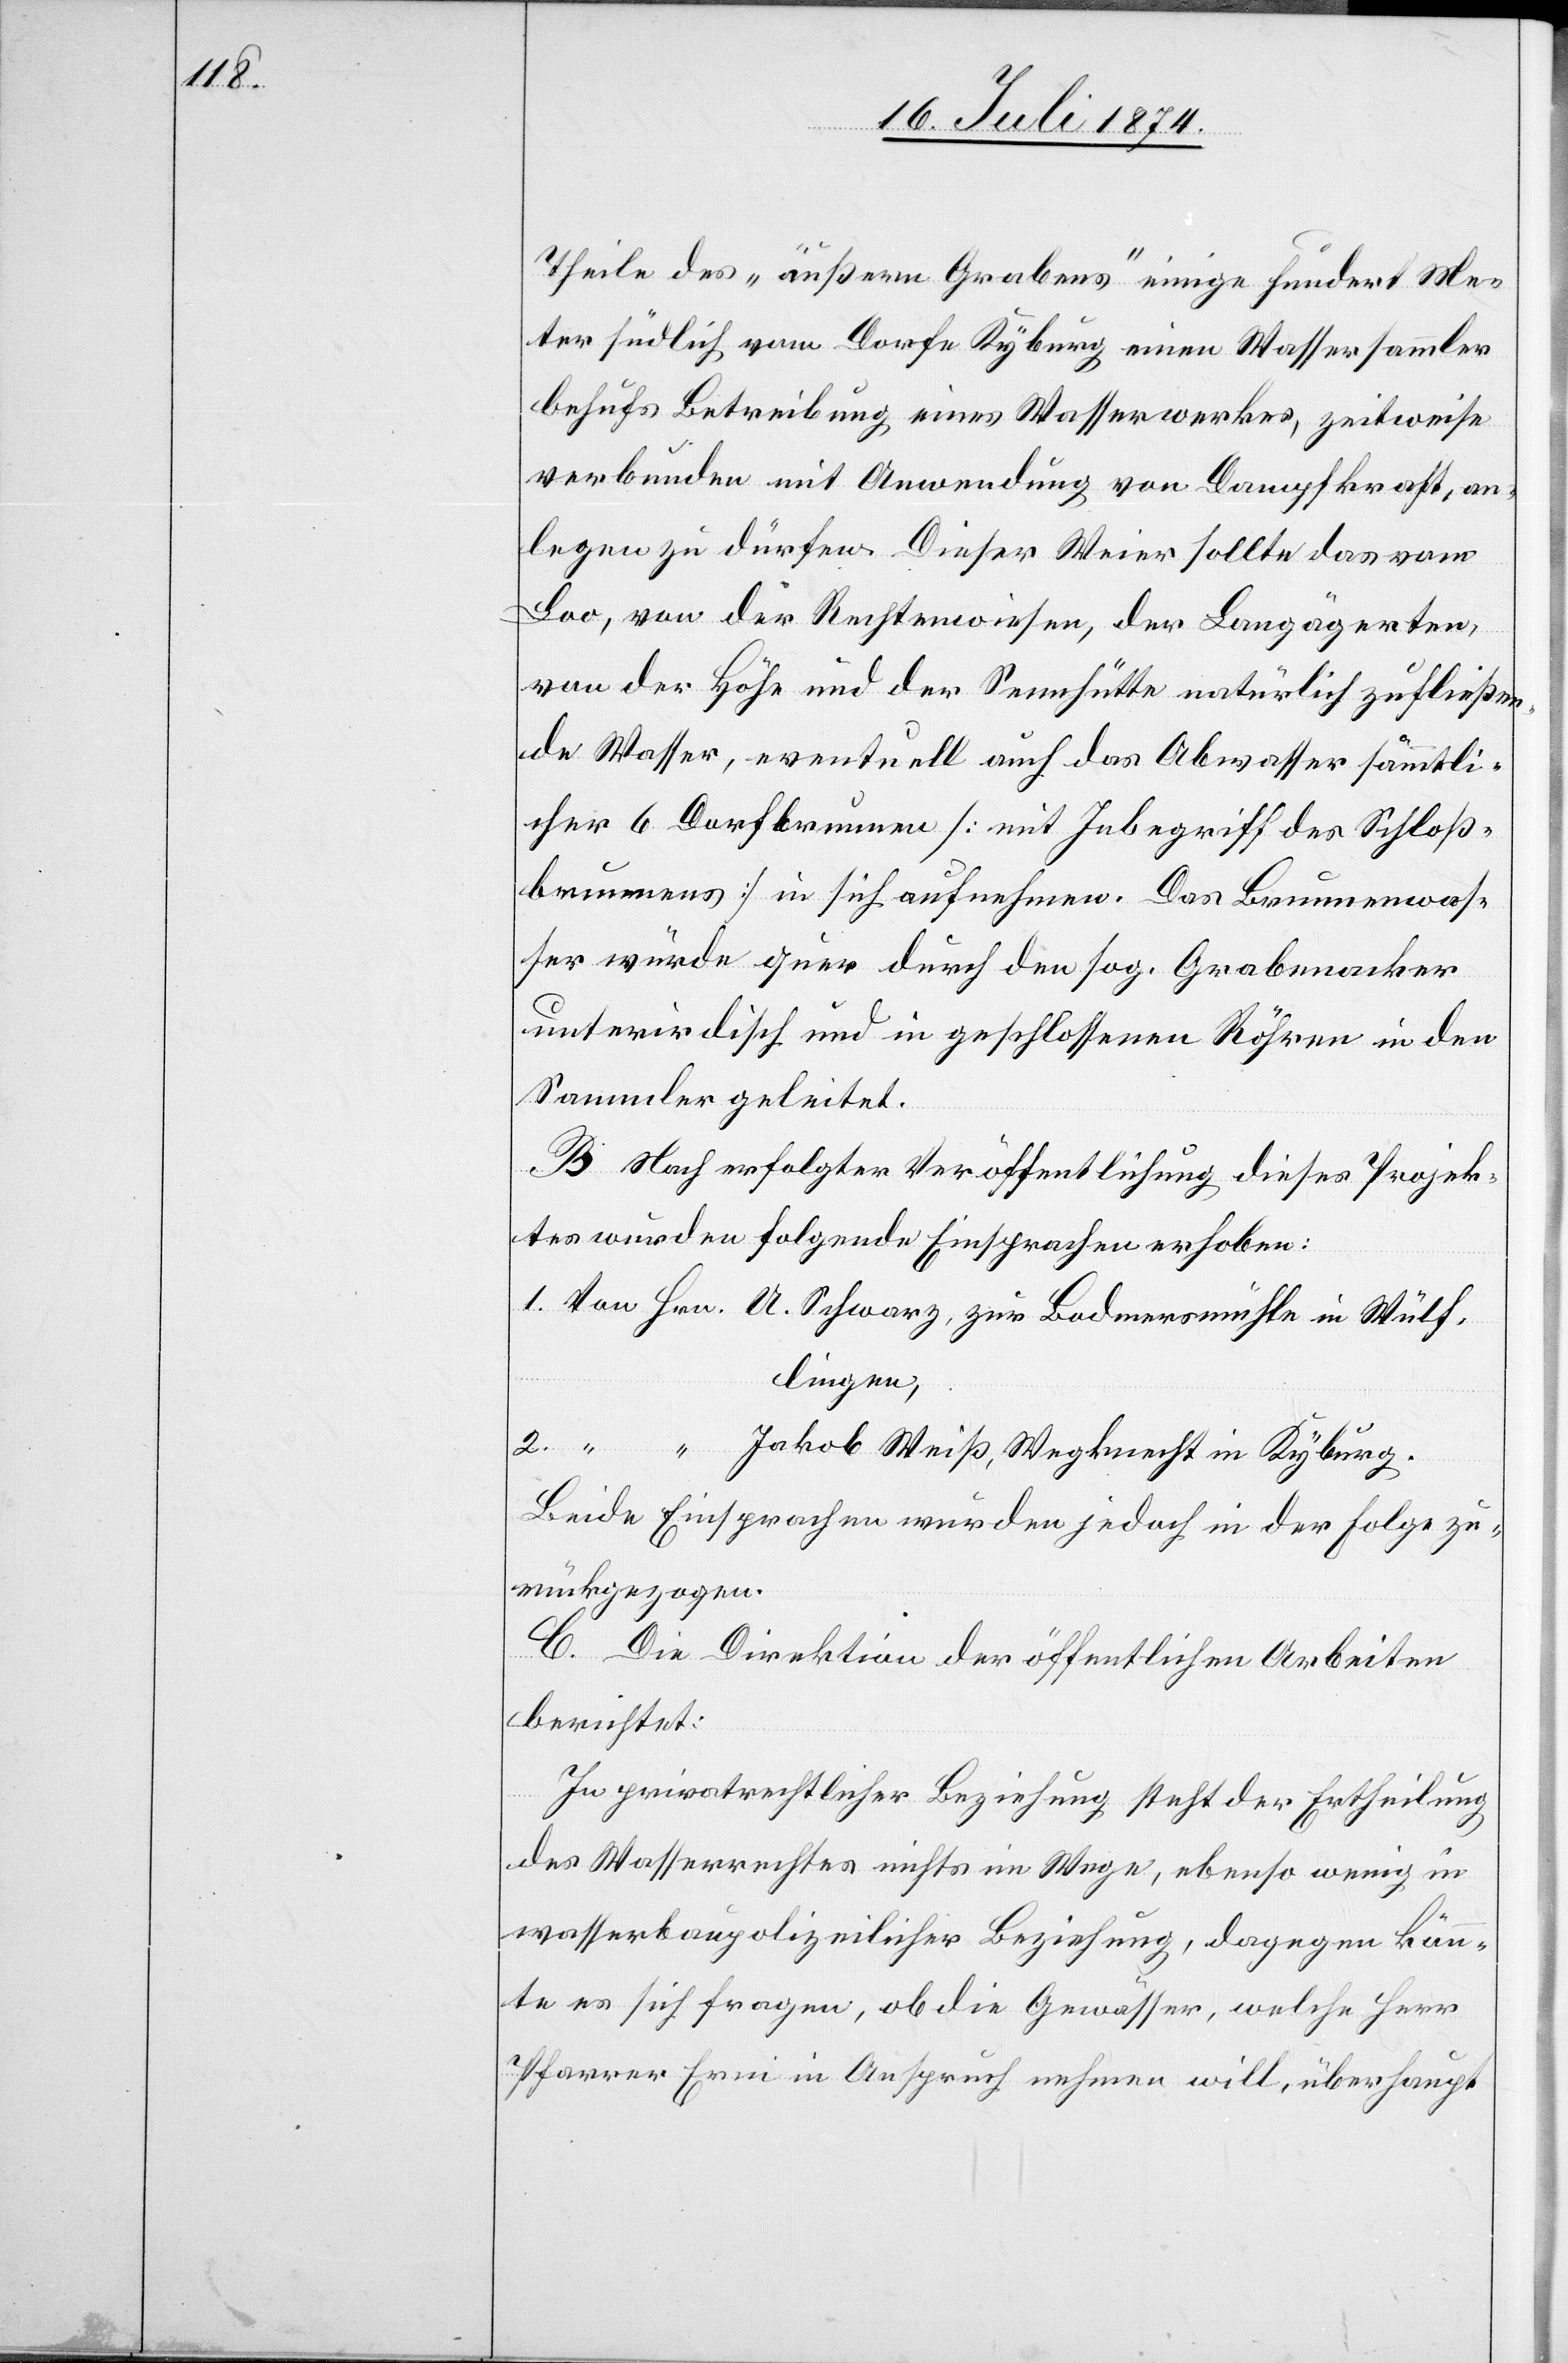
2.

Theile des „äußern Grabens“ einige hundert Me¬
ter südlich vom Dorfe Kyburg einen Wassersammler
behufs Betreibung eines Wasserwerkes, zeitweise
verbunden mit Anwendung von Dampfkraft, an¬
legen zu dürfen. Dieser Weier sollte das vom
Loo, von der Rechtenwiesen, der Langägerten,
von der Höhe und der Sennhütte natürlich zufließen¬
de Wasser, eventuell auch das Obwasser sämmtli¬
cher 6 Dorfbrunnen [mit Inbegriff des Schloß¬
brunnens] in sich aufnehmen. Das Brunnenwas¬
ser würde quer durch den sog. Grabenacker
unterirdisch und in geschlossenen Röhren in den
Sammler geleitet.
B. Nach erfolgter Veröffentlichung dieses Projek¬
tes wurden folgende Einsprachen erhoben:
Wülflingen
Beide Einsprachen wurden jedoch in der Folge zu¬
rückgezogen.
C. Die Direktion der öffentlichen Arbeiten
berichtet:
in
In privatrechtlicher Beziehung steht der Ertheilung
des Wasserrechtes nichts im Wege, ebenso wenig in
wasserbaupolizeilicher Beziehung, dagegen könn¬
te es sich fragen, ob die Gewässer, welche Herr
Pfarrer Erni in Anspruch nehmen will, überhaupt